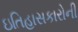
ઇતિહાસકારોની